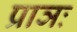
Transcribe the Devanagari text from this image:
प्राञः